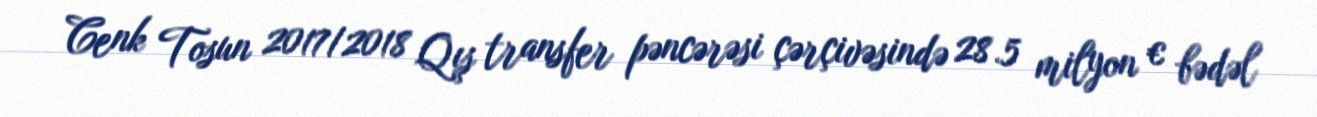
Cenk Tosun 2017/2018 Qış transfer pəncərəsi çərçivəsində 28.5 milyon € bədəl